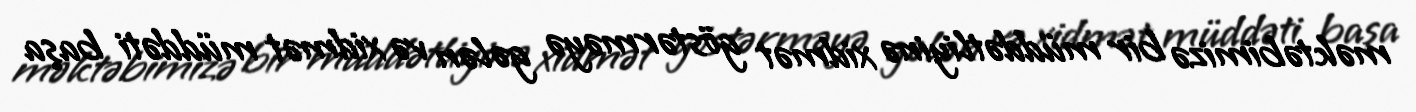
məktəbimizə bir müddətliyinə xidmət göstərməyə gələn və xidmət müddəti başa